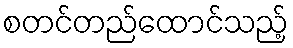
စတင်တည်ထောင်သည့်